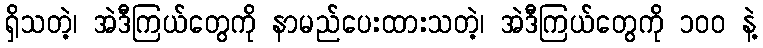
ရှိသတဲ့၊ အဲဒီကြယ်တွေကို နာမည်ပေးထားသတဲ့၊ အဲဒီကြယ်တွေကို ၁၀၀ နဲ့